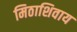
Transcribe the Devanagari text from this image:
मिठाशिवाय